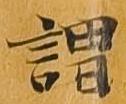
謂